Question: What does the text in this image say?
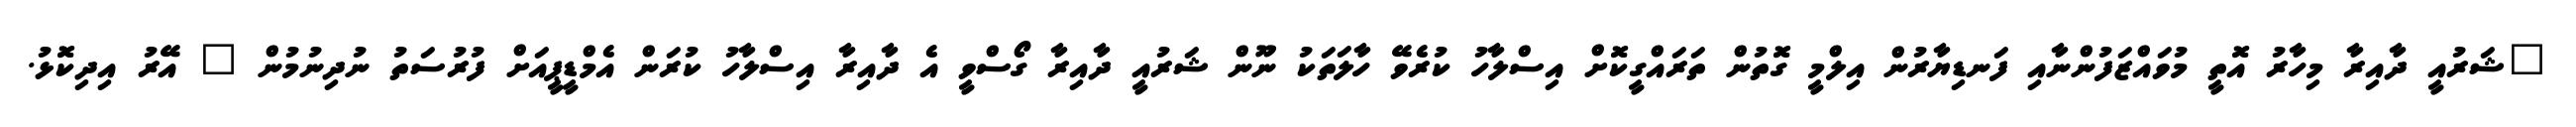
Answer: "ޝަރުއީ ދާއިރާ މިހާރު އޮތީ މުވައްޒަފުންނާއި ފަނޑިޔާރުން އިލްމީ ގޮތުން ތަރައްގީކޮށް އިސްލާހު ކުރެވޭ ހާލަތަކު ނޫން ޝަރުއީ ދާއިރާ ގޯސްވީ އެ ދާއިރާ އިސްލާހު ކުރަން އެމްޑީޕީއަށް ފުރުސަތު ނުދިނުމުން " އޭރު އިދިކޮޅު.